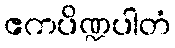
ဧကပိဏ္ဍပါတံ